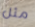
مثل